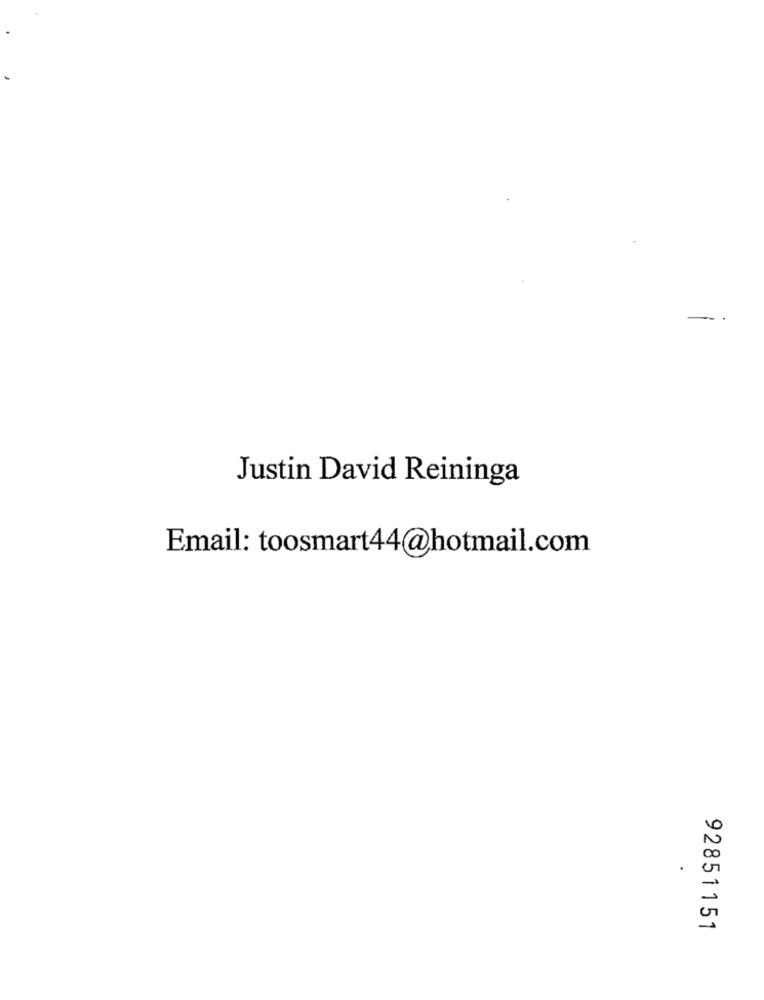
-
Justin David Reininga
Email: toosmart44@hotmail.com
92851151